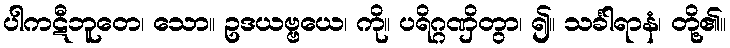
ပါကဋီဘူတေ၊ သော။ ဥဒယဗ္ဗယေ၊ ကို။ ပရိဂ္ဂဏှိတွာ၊ ၍။ သင်္ခါရာနံ၊ တို့၏။